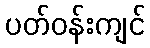
ပတ်ဝန်းကျင်